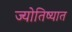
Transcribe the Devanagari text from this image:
ज्योतिष्यात